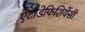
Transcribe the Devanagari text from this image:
एंटीडेफिशियेंसी